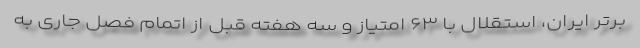
برتر ایران، استقلال با ۶۳ امتیاز و سه هفته قبل از اتمام فصل جاری به